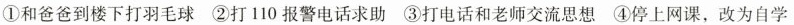
①和爸爸到楼下打羽毛球②打110报警电话求助③打电话和老师交流思想④停上网课，改为自学